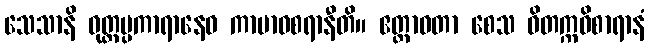
သေသာနိ ဝုတ္တပ္ပကာရာနေဝ ကာမာဝစရာနီတိ။ ဧတ္တာဝတာ စေသ ဝိတက္ကဝိစာရာနံ